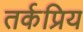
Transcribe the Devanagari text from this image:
तर्कप्रिय